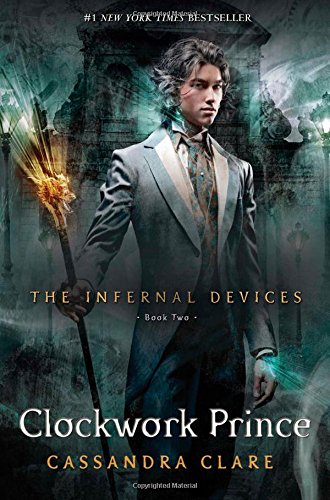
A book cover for Clockwork Prince (The Infernal Devices); Cassandra Clare; Teen & Young Adult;